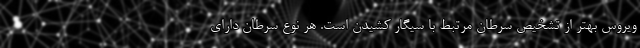
ویروس بهتر از تشخیص سرطان مرتبط با سیگار کشیدن است. هر نوع سرطان دارای